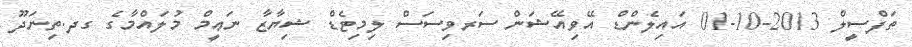
ތަފްސީލް 2013-10-01 އައިލެންޑް އޭވިއޭޝަން ސަރވިސަސް ލިމިޓެޑް ޝިޔާޒާ ނަޢީމް މުލައްމާގެ ގދ.ތިނަދޫ